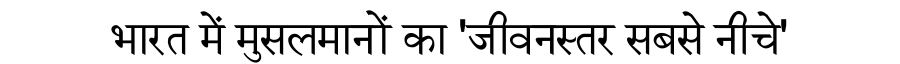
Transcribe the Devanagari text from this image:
भारत में मुसलमानों का 'जीवनस्तर सबसे नीचे'